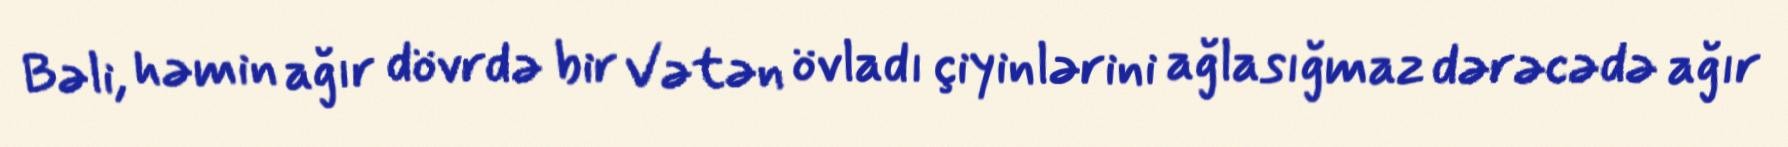
Bəli, həmin ağır dövrdə bir Vətən övladı çiyinlərini ağlasığmaz dərəcədə ağır